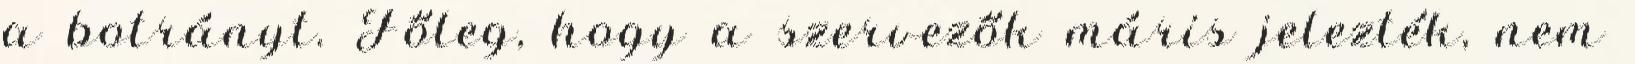
a botrányt. Főleg, hogy a szervezők máris jelezték, nem